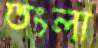
তংলা